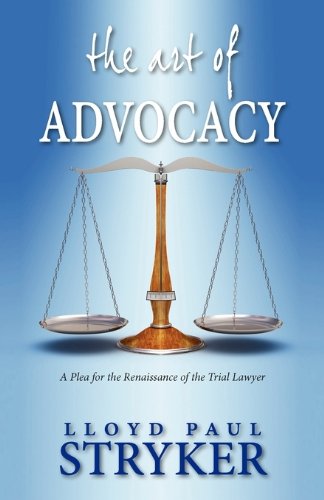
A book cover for The Art of Advocacy: A Plea for the Renaissance of the Trial Lawyer; Lloyd Paul Stryker; Law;